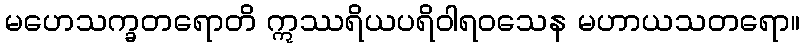
မဟေသက္ခတရောတိ ဣဿရိယပရိဝါရဝသေန မဟာယသတရော။